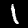
Label: 1